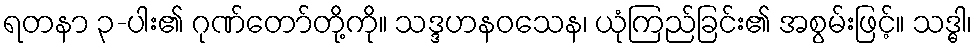
ရတနာ ၃-ပါး၏ ဂုဏ်တော်တို့ကို။ သဒ္ဒဟနဝသေန၊ ယုံကြည်ခြင်း၏ အစွမ်းဖြင့်။ သဒ္ဓါ၊